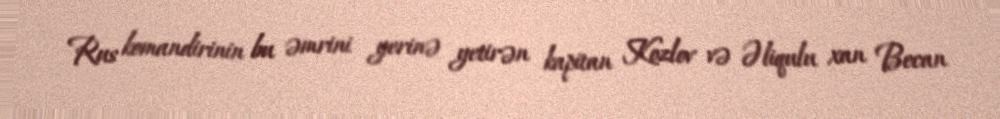
Rus komandirinin bu əmrini yerinə yetirən kapitan Kozlov və Əliqulu xan Becan